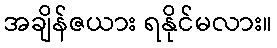
အချိန်ဇယား ရနိုင်မလား။